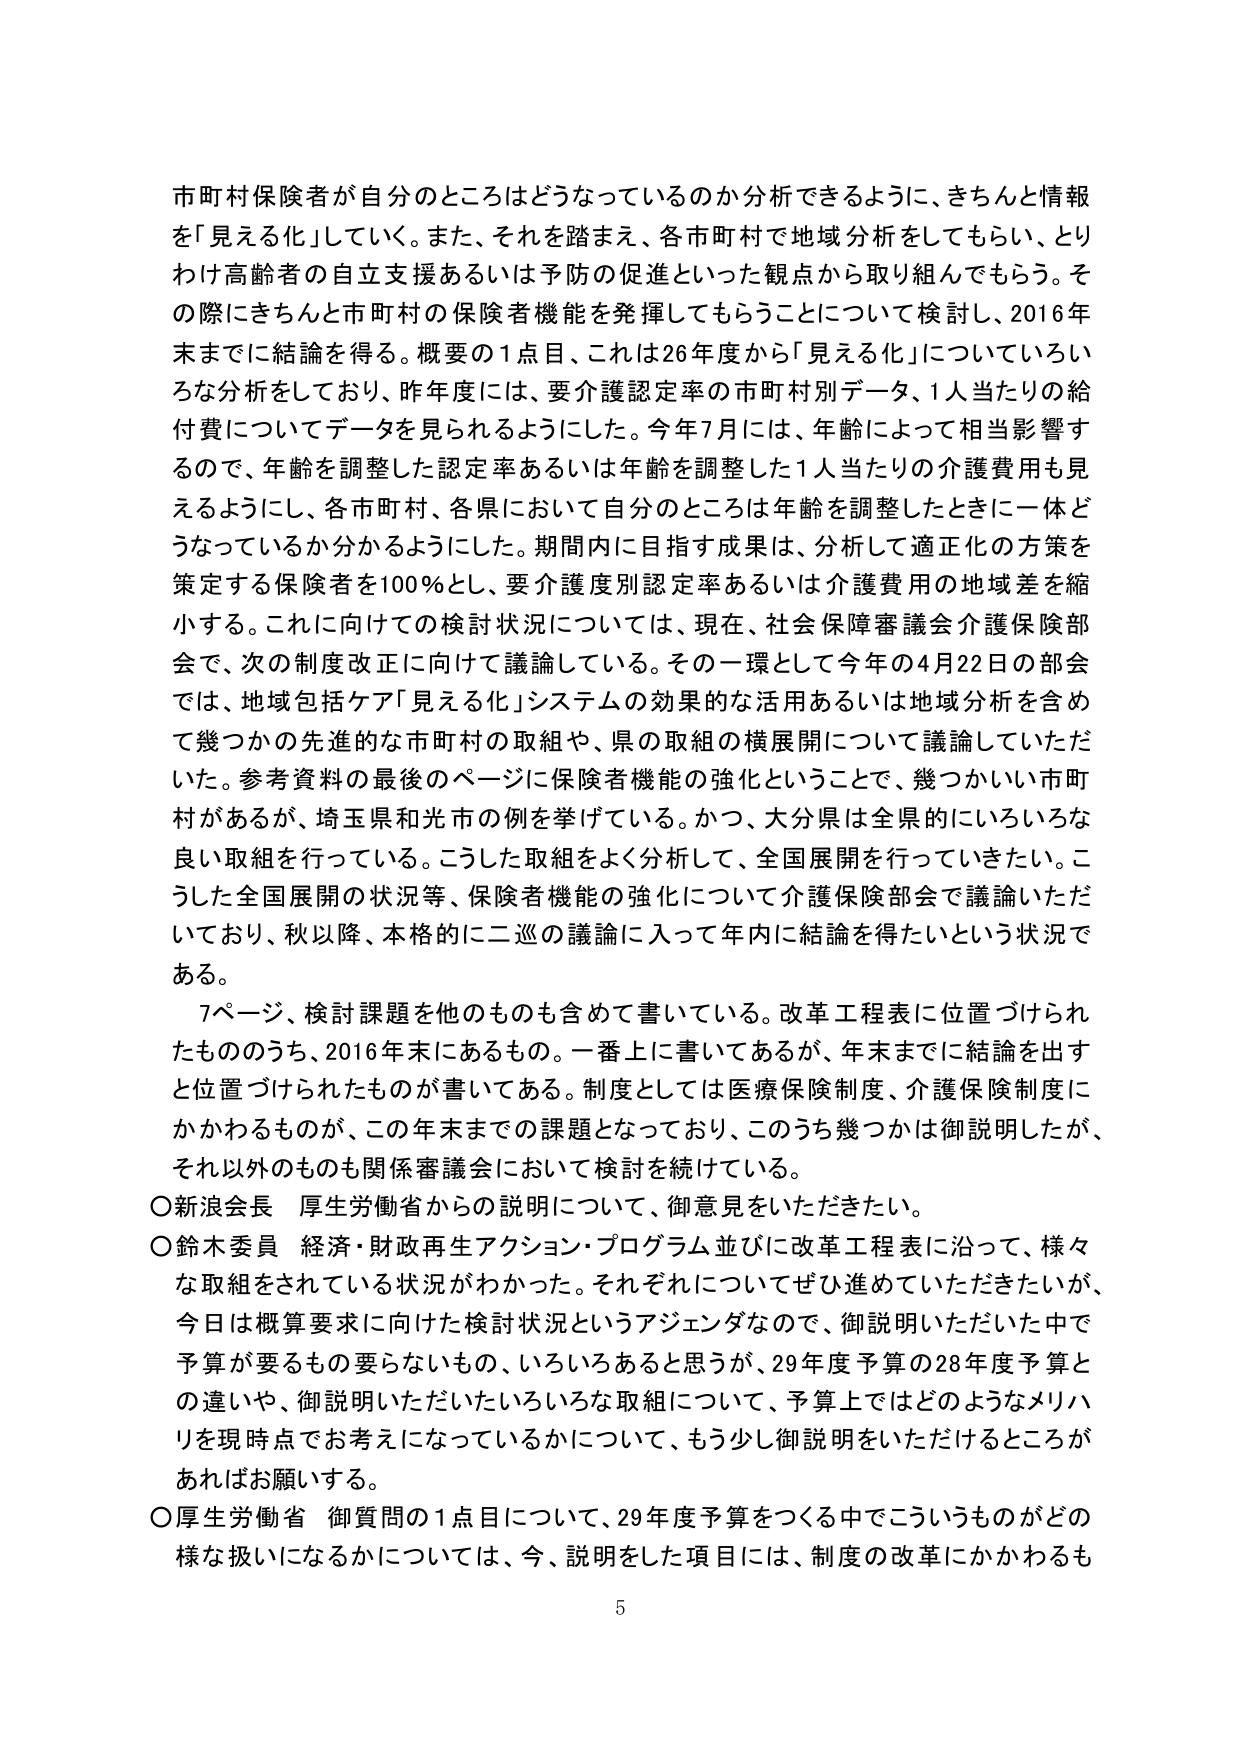
市町村保険者が自分のところはどうなっているのか分析できるように、きちんと情報を「見える化」していく。また、それを踏まえ、各市町村で地域分析をしてもらい、とりわけ高齢者の自立支援あるいは予防の促進といった観点から取り組んでもらう。その際にきちんと市町村の保険者機能を発揮してもらうことについて検討し、2016年末までに結論を得る。概要の1点目、これは26年度から「見える化」についていろいろな分析をしており、昨年度には、要介護認定率の市町村別データ、1人当たりの給付費についてデータを見られるようにした。今年7月には、年齢によって相当影響するので、年齢を調整した認定率あるいは年齢を調整した1人当たりの介護費用も見えるようにし、各市町村、各県において自分のところは年齢を調整したときに一体どうなっているか分かるようにした。期間内に目指す成果は、分析して適正化の方策を策定する保険者を100％とし、要介護度別認定率あるいは介護費用の地域差を縮小する。これに向けたの検討状況については、現在、社会保障審議会介護保険部会で、次の制度改正に向けて議論している。その一環として今年の4月22日の部会では、地域包括ケア「見える化」システムの効果的な活用あるいは地域分析を含めて幾つかの先進的な市町村の取組や、県の取組の横展開について議論していただいた。参考資料の最後のページに保険者機能の強化ということで、幾つかいい市町村があるが、埼玉県和光市の例を挙げている。かつ、大分県は全県的にいろいろな良い取組を行っている。こうした取組をよく分析して、全国展開を行っていきたい。こうした全国展開の状況等、保険者機能の強化について介護保険部会で議論いただいており、秋以降、本格的に二巡の議論に入って年内に結論を得たいという状況である。

7ページ、検討課題を他のものも含めて書いている。改革工程表に位置づけられたもののうち、2016年末にあるもの。一番上に書いてあるが、年末までに結論を出すと位置づけられたものが書いてある。制度としては医療保険制度、介護保険制度にかかわるもののが、この年末までの課題となっており、このうち幾つかは御説明したが、それ以外のものも関係審議会において検討を続けている。

〇新浪会長 厚生労働省からの説明について、御意見をいただきたい。

〇鈴木委員 経済・財政再生アクション・プログラム並びに改革工程表に沿って、様々な取組をされている状況がわかった。それぞれについてぜひ進めていただきたいが、今日は概算要求に向けた検討状況というアジェンダなので、御説明いただいた中で予算が要るもの要らないもの、いろいろあると思うが、29年度予算の28年度予算との違いや、御説明いただいたいろいろな取組について、予算上ではどのようなメリハリを現時点でお考えになっているかについて、もう少し御説明をいただけるところがあればお願いする。

〇厚生労働省 御質問の1点目について、29年度予算をつくる中でこういうものがどの様な扱いになるかについては、今、説明をした項目には、制度の改革にかかわるも

5